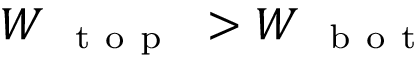
W _ { \mathrm { ~ { ~ t ~ o ~ p ~ } ~ } } > W _ { \mathrm { ~ { ~ b ~ o ~ t ~ } ~ } }